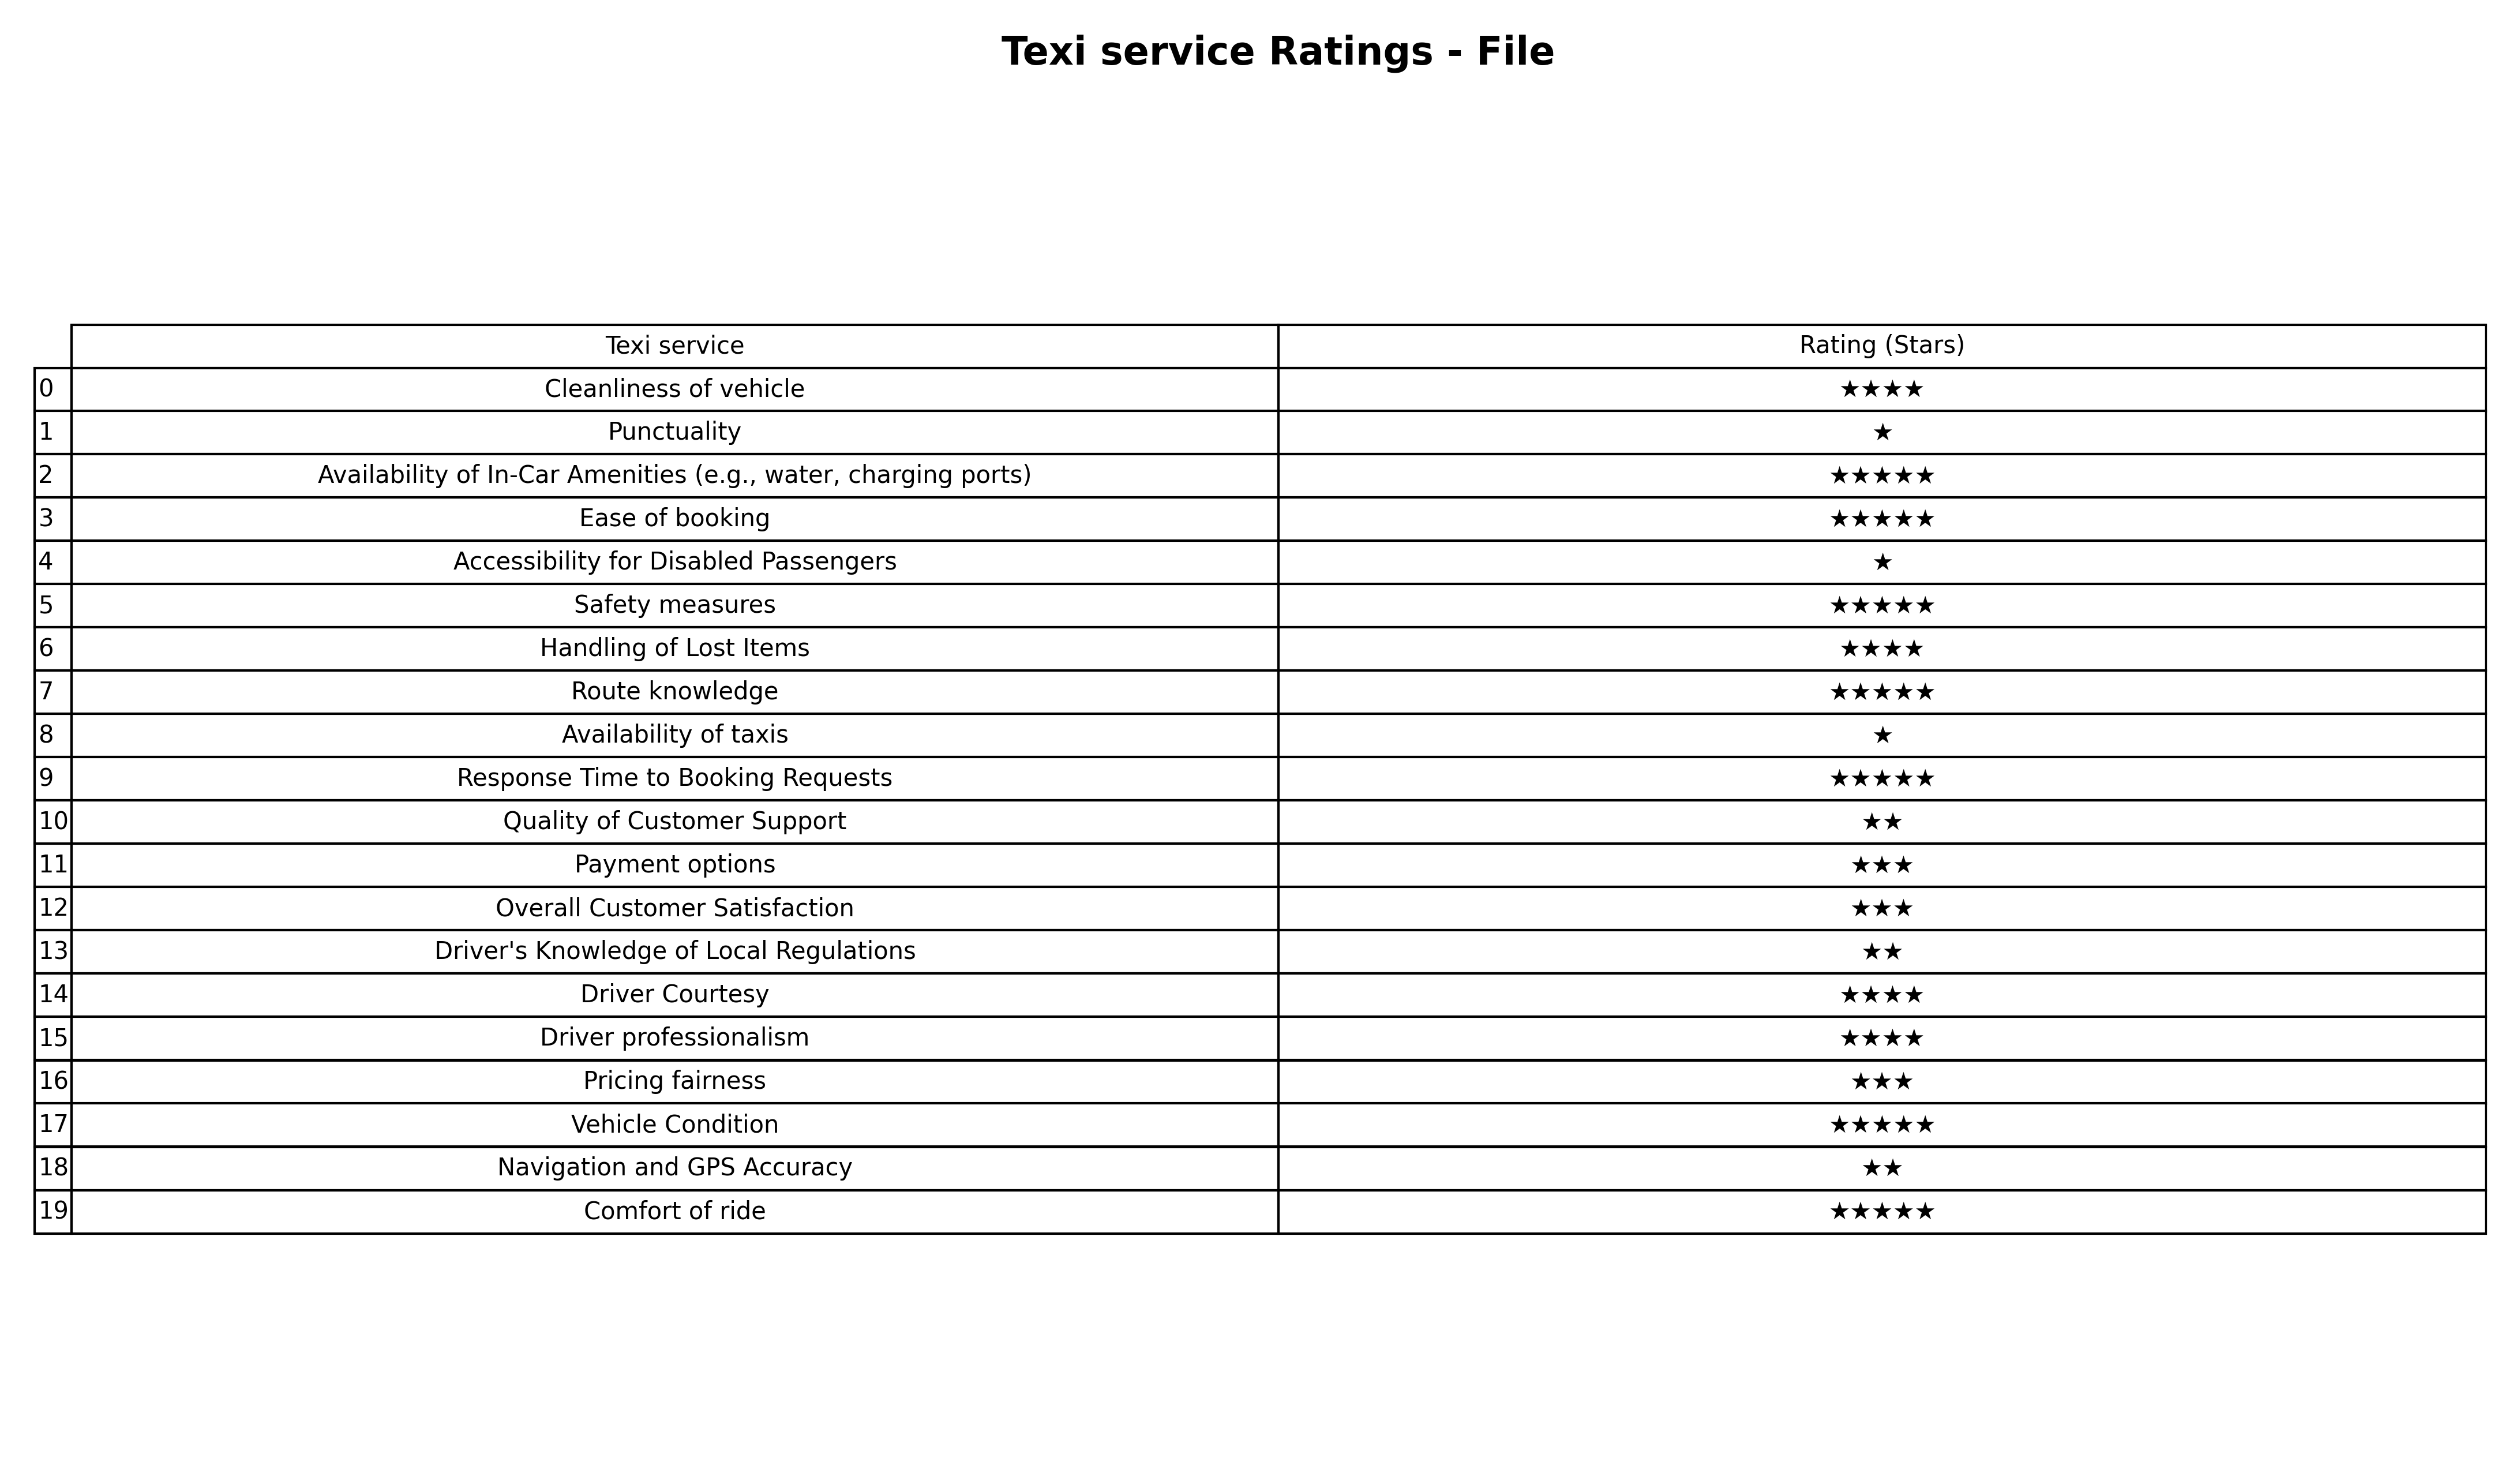
question: What are two star services?
answer: Quality of Customer SupportDriver's Knowledge of Local RegulationsNavigation and GPS Accuracy